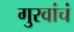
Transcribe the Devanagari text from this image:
गुरवांचं